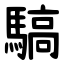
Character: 䮦